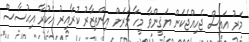
މަރު އައިސް ޖެހިއްޖެކަން ޔަޤީންވާ މީހާ މަރަށް އިންތިޒާރު ކުރާއިރު އެކުރާ އިޙުސާސް